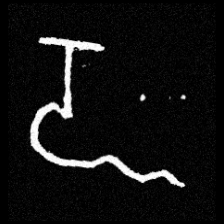
Pyu character \u2014 Myanmar letter: ဍ (romanized: dda)